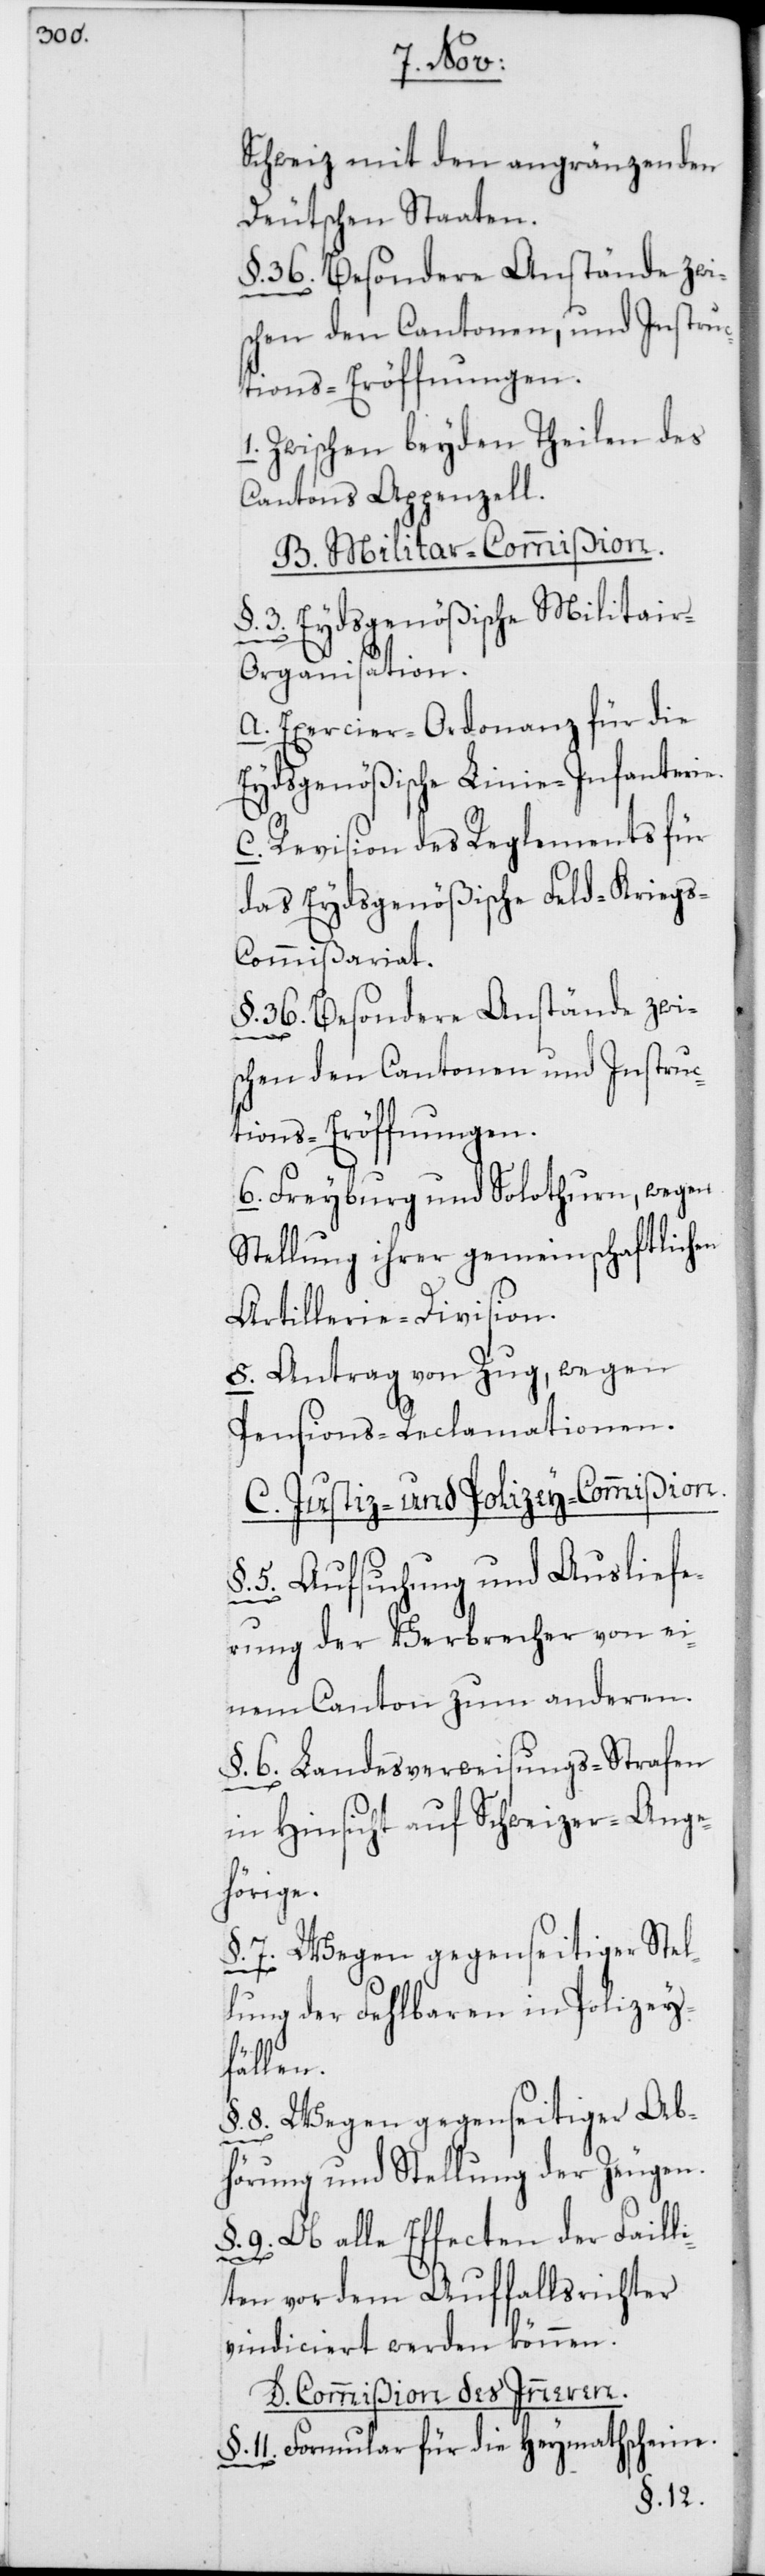
Schweiz mit den angränzenden
Deutschen Staaten.
§. 36. Besondere Anstände zwi¬
schen den Cantonen, und Instru¬
ctions-Eröffnungen.
1. Zwischen beyden Theilen des
Cantons Appenzell.
B. Militar-Commißion.
§. 3. Eydsgenößische Militair-O¬
rganisation:
a. Exercier-Ordonanz für die
Eydsgenößische Linie-Infanterie.
c. Revision des Reglements für
das Eydsgenößische Feld-Kriegs-C¬
ommißariat.
§. 36. Besondere Anstände zwi¬
schen den Cantonen und Instruc¬
tions-Eröffnungen.
6. Freyburg und Solothurn, wegen
Stellung ihrer gemeinschaftlichen
Artillerie-Division.
8. Antrag von Zug, wegen
Pensions-Reclamationen.
C. Justiz- und Polizey-Commißion.
§. 5. Aufsuchung und Ausliefe¬
rung der Verbrecher von ei¬
nem Canton zum anderen.
§. 6. Landesverweisungs-Strafen
in Hinsicht auf Schweizer-Ange¬
hörige.
§. 7. Wegen gegenseitiger Stel¬
lung der Fehlbaren in Polizey¬
fällen.
§. 8. Wegen gegenseitiger Ab¬
hörung und Stellung der Zeugen.
§. 9. Ob alle Effecten der Faill¬
iten vor dem Auffallsrichter
vindiciert werden können.
D. Commißion des Inneren.
§. 11. Formular für die Heymathscheine.